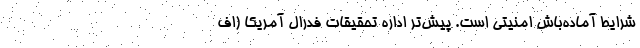
شرایط آماده‌باش امنیتی است. پیش‌تر اداره تحقیقات فدرال آمریکا (اف